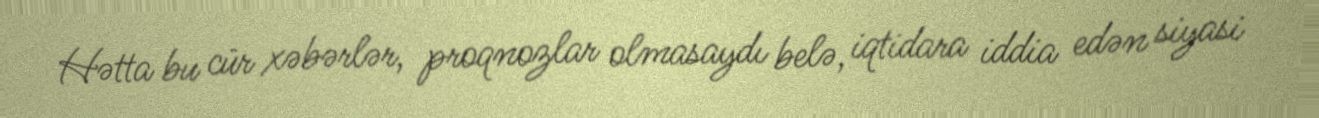
Hətta bu cür xəbərlər, proqnozlar olmasaydı belə, iqtidara iddia edən siyasi